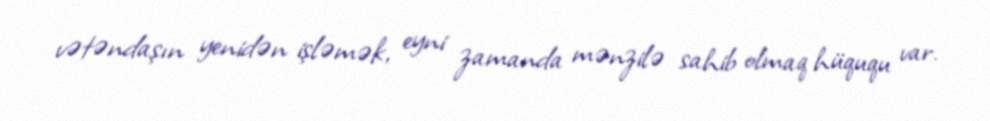
vətəndaşın yenidən işləmək, eyni zamanda mənzilə sahib olmaq hüququ var.